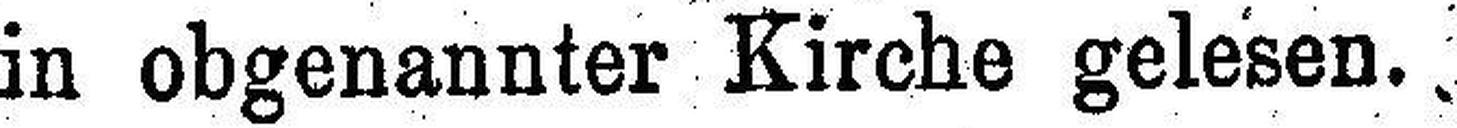
in obgenannter Kirche gelesen.